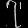
Digit: ၇